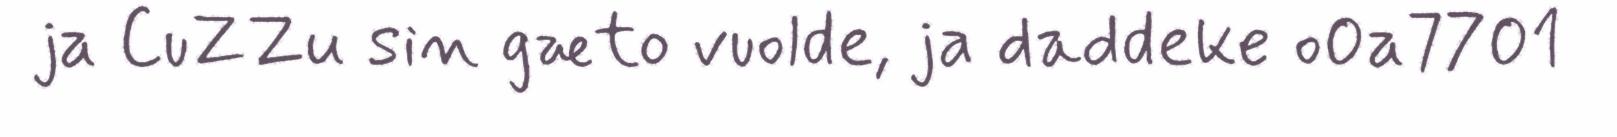
ja CuZZu sin gæto vuolde, ja daddeke o0a7701